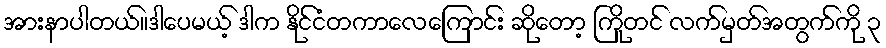
အားနာပါတယ်။ဒါပေမယ့် ဒါက နိုင်ငံတကာလေကြောင်း ဆိုတော့ ကြိုတင် လက်မှတ်အတွက်ကို ၃